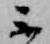
不